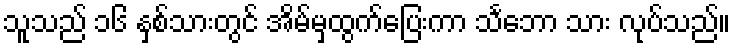
သူသည် ၁၆ နှစ်သားတွင် အိမ်မှထွက်ပြေးကာ သင်္ဘော သား လုပ်သည်။